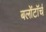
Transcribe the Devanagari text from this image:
बलोंटॉर्च